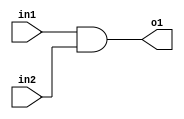

module myAndgate(o1,in1,in2);


input in1,in2;
output o1;
assign o1=in1 & in2;


endmodule



module testBench;


reg A,B;
wire C;

initial
begin

$monitor ("in1=%b   in2=%b   o1=%b ",A,B,C);


A=0;
B=0;
#10
A=1;
B=1;
#10

A=1;
B=0;

end


myAndgate a (C,A,B);

endmodule